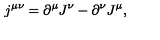
j ^ { \mu \nu } = \partial ^ { \mu } J ^ { \nu } - \partial ^ { \nu } J ^ { \mu } ,